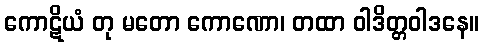
ကောဋိယံ တု မတော ကောဏော၊ တထာ ဝါဒိတ္တဝါဒနေ။